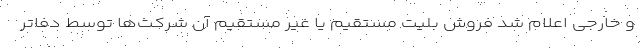
و خارجی اعلام شد فروش بلیت مستقیم یا غیر مستقیم آن شرکت‌ها توسط دفاتر